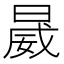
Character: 𱢏